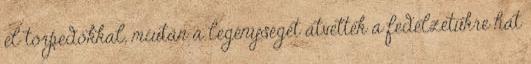
el torpedókkal, miután a legénységét átvették a fedélzetükre hat